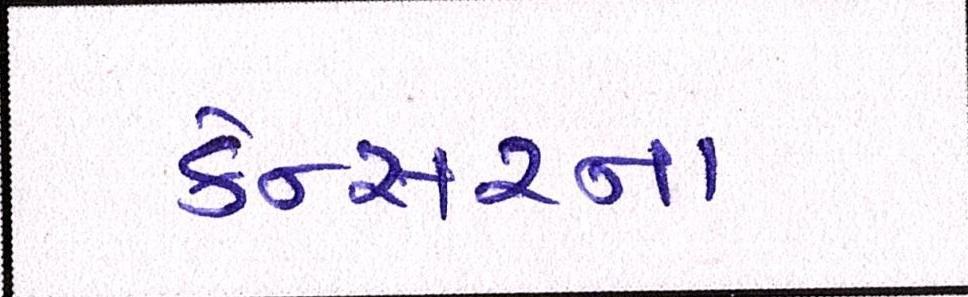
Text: કેન્સરના